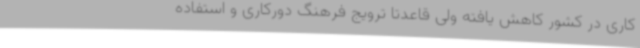
کاری در کشور کاهش یافته ولی قاعدتاً ترویج فرهنگ دورکاری و استفاده